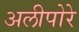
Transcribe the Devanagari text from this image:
अलीपोरे